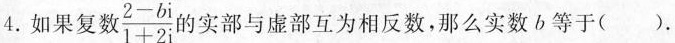
4.如果复数 \frac{2-bi}{1+2i} 的实部与虚部互为相反数，那么实数b等于().